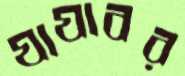
যাযাবর